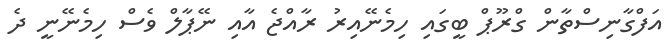
އަފްގާނިސްތާން ގްރޫޕް ބީގައި ހިމެނޭއިރު ރާއްޖެ އާއި ނޭޕާލް ވެސް ހިމެނޭނީ ދެ